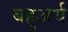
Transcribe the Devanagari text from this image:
बहुअर्थ